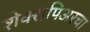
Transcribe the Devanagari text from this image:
शेक्सपिअरचा